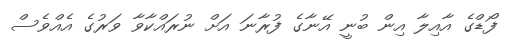
ފޯޑްގެ އާއިލާ އިން ބުނީ އޭނާގެ ފުރާނަ އަށް ނުރައްކާވާ ވަރުގެ އެއްވެސް